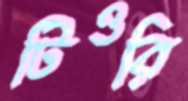
টিওরি